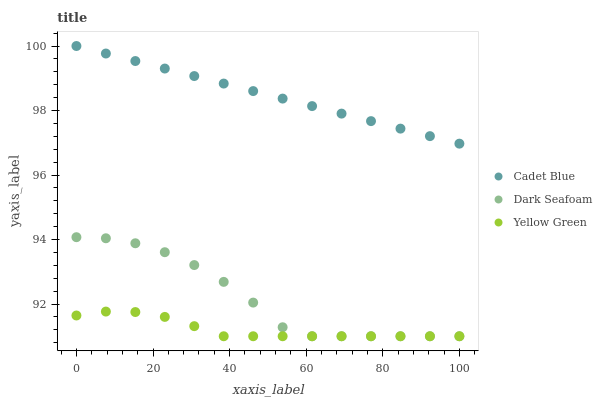
| xaxis_label | Cadet Blue | Dark Seafoam | Yellow Green |
 | --- | --- | --- | --- |
 | 0 | 100 | 94.1 | 91.6 |
 | 7.69 | 99.8 | 94 | 91.8 |
 | 15.4 | 99.5 | 93.9 | 91.8 |
 | 23.1 | 99.3 | 93.6 | 91.6 |
 | 30.8 | 99.1 | 93.2 | 91.3 |
 | 38.5 | 98.8 | 92.7 | 91 |
 | 46.2 | 98.6 | 92 | 91 |
 | 53.8 | 98.4 | 91.3 | 91 |
 | 61.5 | 98.1 | 91 | 91 |
 | 69.2 | 97.9 | 91 | 91 |
 | 76.9 | 97.7 | 91 | 91 |
 | 84.6 | 97.4 | 91 | 91 |
 | 92.3 | 97.2 | 91 | 91 |
 | 100 | 97 | 91 | 91 |